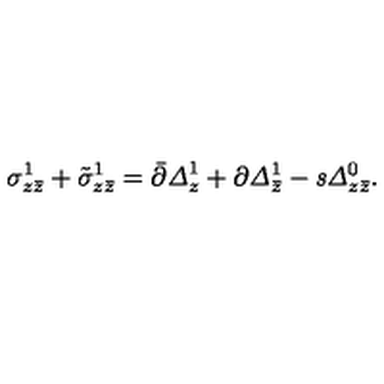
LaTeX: \sigma _ { z \bar { z } } ^ { 1 } + \tilde { \sigma } _ { z \bar { z } } ^ { 1 } = \bar { \partial } { \it \Delta } _ { z } ^ { 1 } + \partial { \it \Delta } _ { \bar { z } } ^ { 1 } - { \it s } { \it \Delta } _ { z \bar { z } } ^ { 0 } .